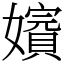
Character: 𡣑